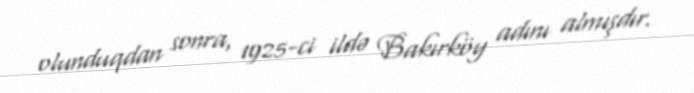
olunduqdan sonra, 1925-ci ildə Bakırköy adını almışdır.